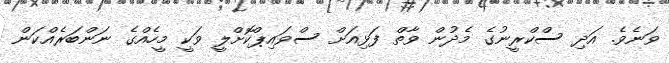
ވަނެވެ. އަދި ސްކްރީނުގެ މެދުން ވާތް ފަޅިއަށް ސްވައިޕްކޮށްލީ ވަކީ މީހެއްގެ ނަންބަރެއްކަން